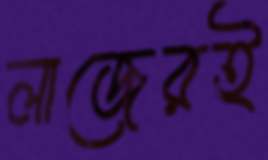
লাজেরই